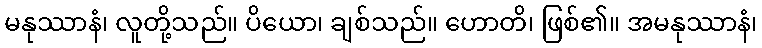
မနုဿာနံ၊ လူတို့သည်။ ပိယော၊ ချစ်သည်။ ဟောတိ၊ ဖြစ်၏။ အမနုဿာနံ၊